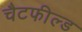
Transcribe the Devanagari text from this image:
चैटफील्ड